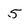
Character: 5